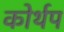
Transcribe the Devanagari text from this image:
कोर्थप